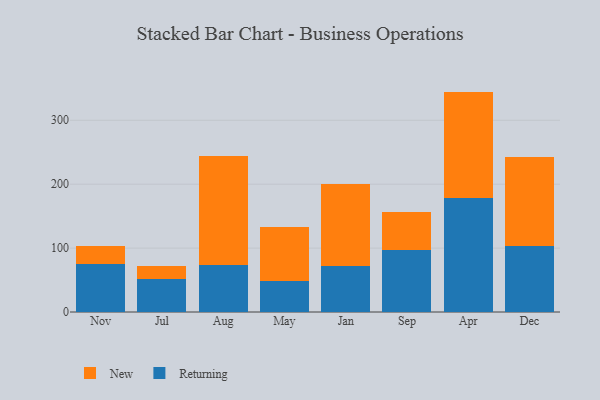
{"axis": {"x": "Month", "y": "Inventory Turnover"}, "legend": ["New", "Returning"], "data": [{"x": "Nov", "y": 75.3, "type": "Returning"}, {"x": "Nov", "y": 28.4, "type": "New"}, {"x": "Jul", "y": 52.2, "type": "Returning"}, {"x": "Jul", "y": 19.5, "type": "New"}, {"x": "Aug", "y": 74.1, "type": "Returning"}, {"x": "Aug", "y": 170.4, "type": "New"}, {"x": "May", "y": 47.9, "type": "Returning"}, {"x": "May", "y": 85.5, "type": "New"}, {"x": "Jan", "y": 72.7, "type": "Returning"}, {"x": "Jan", "y": 127.2, "type": "New"}, {"x": "Sep", "y": 96.8, "type": "Returning"}, {"x": "Sep", "y": 59.1, "type": "New"}, {"x": "Apr", "y": 177.9, "type": "Returning"}, {"x": "Apr", "y": 167.0, "type": "New"}, {"x": "Dec", "y": 103.6, "type": "Returning"}, {"x": "Dec", "y": 139.0, "type": "New"}]}